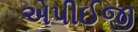
એપીઈજી